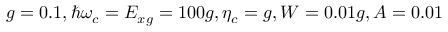
g = 0 . 1 , \hbar \omega _ { c } = E _ { x g } = 1 0 0 g , \eta _ { c } = g , W = 0 . 0 1 g , A = 0 . 0 1